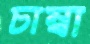
চাম্বা